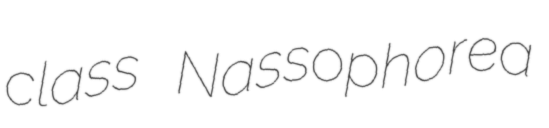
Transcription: class Nassophorea